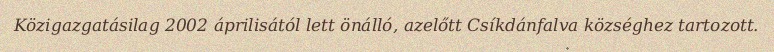
Közigazgatásilag 2002 áprilisától lett önálló, azelőtt Csíkdánfalva községhez tartozott.